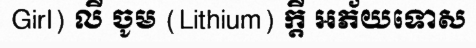
Girl) លី ចូម (Lithium) ក្តី អភ័យទោស